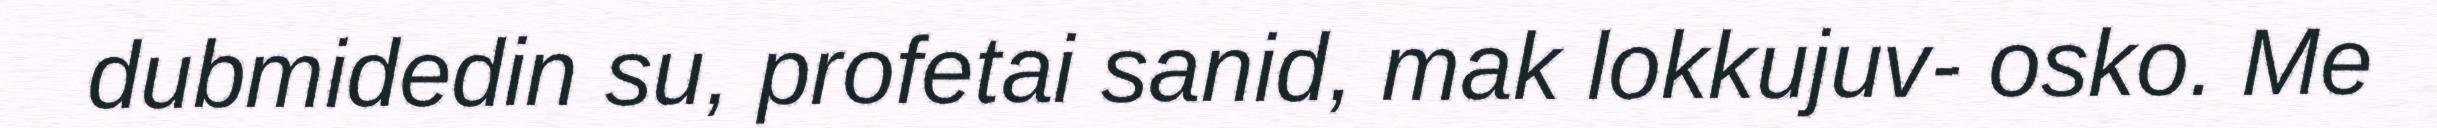
dubmidedin su, profetai sanid, mak lokkujuv- osko. Me